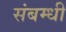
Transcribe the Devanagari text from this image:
संबम्धी